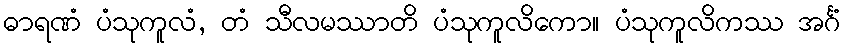
ဓာရဏံ ပံသုကူလံ, တံ သီလမဿာတိ ပံသုကူလိကော။ ပံသုကူလိကဿ အင်္ဂံ